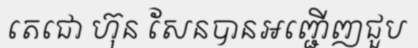
តេជោ ហ៊ុន សែនបានអញ្ជើញជួប